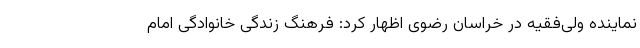
نماینده‌ ولی‌فقیه در خراسان رضوی اظهار کرد: فرهنگ زندگی خانوادگی امام